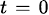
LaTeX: \scriptstyle t\; =\; 0